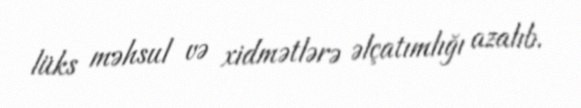
lüks məhsul və xidmətlərə əlçatımlığı azalıb.